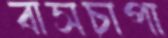
বাসচাপা